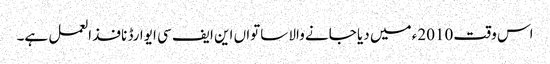
اس وقت 2010ء میں دیا جانے والا ساتواں این ایف سی ایوارڈ نافذ العمل ہے۔